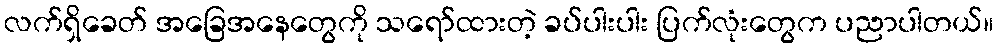
လက်ရှိခေတ် အခြေအနေတွေကို သရော်ထားတဲ့ ခပ်ပါးပါး ပြက်လုံးတွေက ပညာပါတယ်။